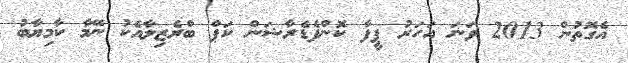
އެގޮތުން 2013 ވަނަ އަހަރު ފީފާ ކޮންފެޑެރާޝަން ކަޕް ބްރެޒިލާއެކު ނޭމާ ކާމިޔާބު